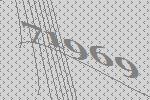
71969